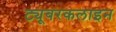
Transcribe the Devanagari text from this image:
ट्यूबरकलाइन